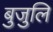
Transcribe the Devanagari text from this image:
बुजुलि